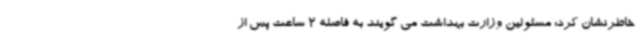
خاطرنشان کرد: مسئولین وزارت بهداشت می گویند به فاصله 2 ساعت پس از